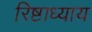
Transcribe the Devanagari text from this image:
रिष्टाध्याय